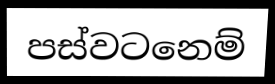
පස්වටනෙම්